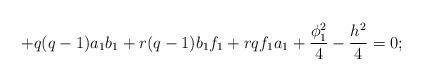
LaTeX: \begin{align*}+q(q-1)a_{1}b_{1}+r(q-1)b_{1}f_{1}+rqf_{1}a_{1}+\frac{\phi_{1}^{2}}{4}- \frac{h^{2}}{4}=0; \end{align*}